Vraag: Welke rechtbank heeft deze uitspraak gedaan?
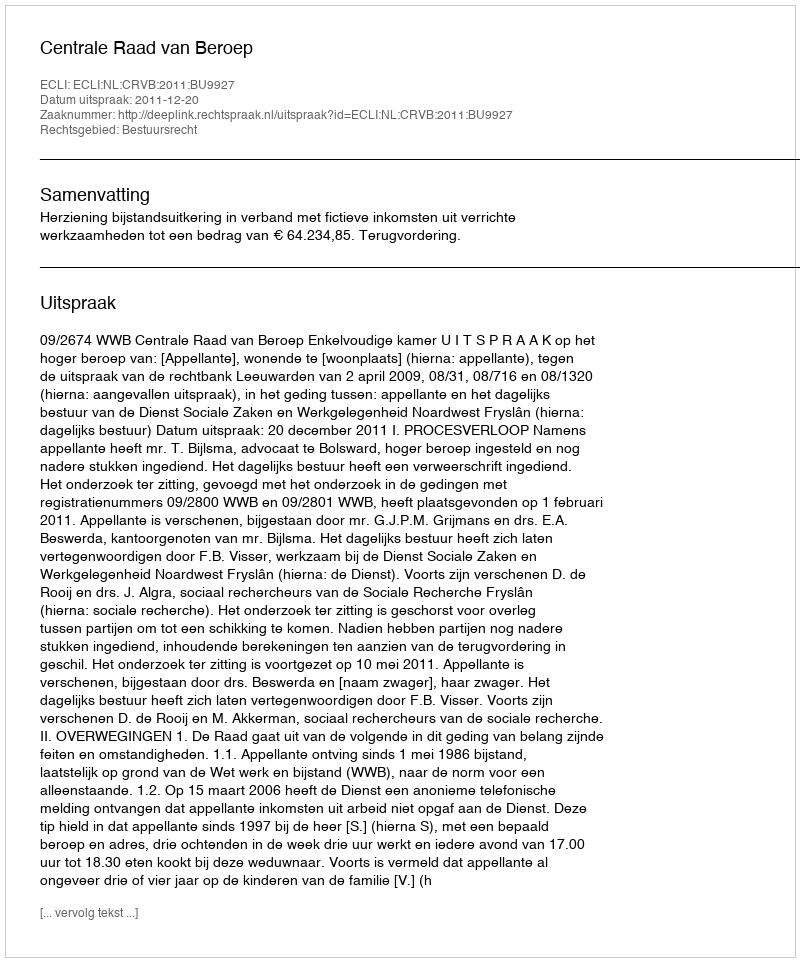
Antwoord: Centrale Raad van Beroep